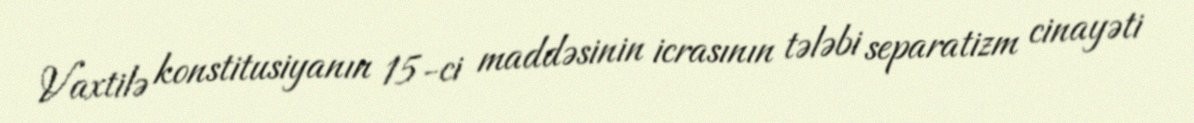
Vaxtilə konstitusiyanın 15-ci maddəsinin icrasının tələbi separatizm cinayəti